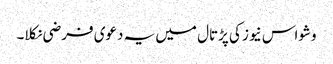
وشواس نیوز کی پڑتال میں یہ دعوی فرضی نکلا۔